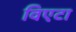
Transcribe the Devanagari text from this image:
विएटा